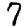
Digit: 7